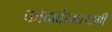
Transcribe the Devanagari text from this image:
कोदादंरमस्वामी